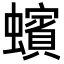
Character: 蠙